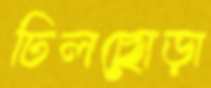
ঢিলছোড়া